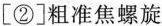
[②]粗准焦螺旋